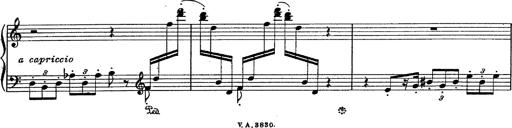
Title: Fantasie Ã¼ber Themen aus Mozarts Figaro und Don Giovanni
Composer: Franz Liszt